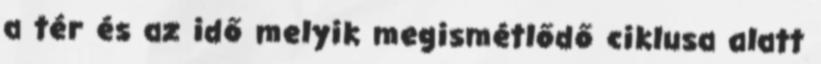
a tér és az idő melyik megismétlődő ciklusa alatt